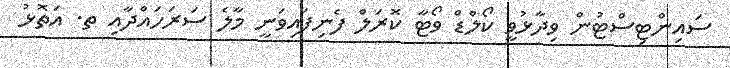
ސައިންޓިސްޓުން ވިދާޅުވީ ކޯލްޑް ވޯޓާ ކޮރަލް ފެނިފައިވަނީ މާލެ ސަރަހައްދާއި ތ. އަތޮޅު